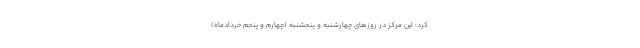
کرد: این مرکز در روزهای چهارشنبه و پنجشنبه (چهارم و پنجم خردادماه)